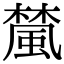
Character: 檒